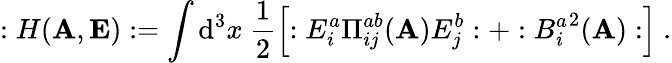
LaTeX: :H({\mathbf A},{\mathbf E}):=\int\mathrm{d}^{3}x~\frac{1}{2}\left[:E_{i}^{a}\Pi_{ij}^{ab}({\mathbf A})E_{j}^{b}:+:{B_{i}^{a}}^{2}({\mathbf A}):\right]~.